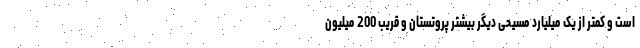
است و کمتر از یک میلیارد مسیحی دیگر بیشتر پروتستان و قریب 200 میلیون